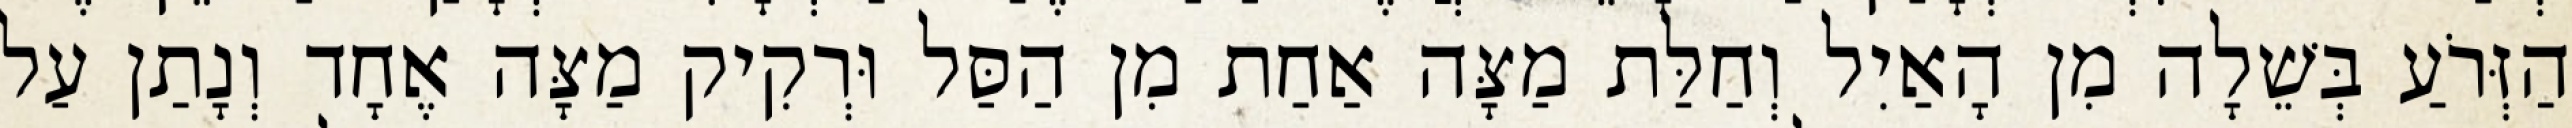
הַזְּרֹעַ בְּשֵׁלָה מִן הָאַיִל וְחַלַּת מַצָּה אַחַת מִן הַסַּל וּרְקִיק מַצָּה אֶחָד וְנָתַן עַל